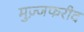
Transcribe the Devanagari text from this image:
मुज़्जफरीद